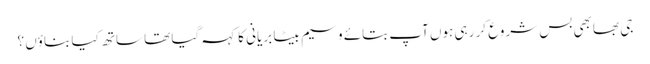
جی بھابھی بس شروع کر رہی ہوں آپ بتائے وسیم بیٹا بریانی کا کہہ گیا تھا ساتھ کیا بناؤں ؟